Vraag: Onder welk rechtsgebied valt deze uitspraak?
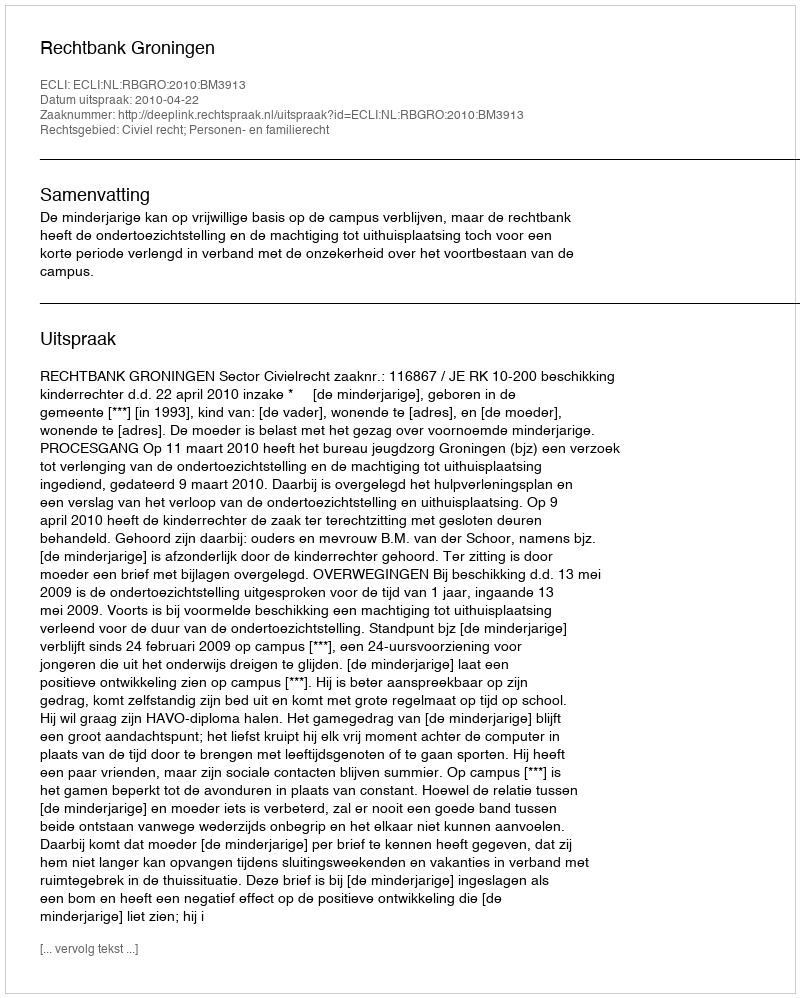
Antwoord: Civiel recht; Personen- en familierecht